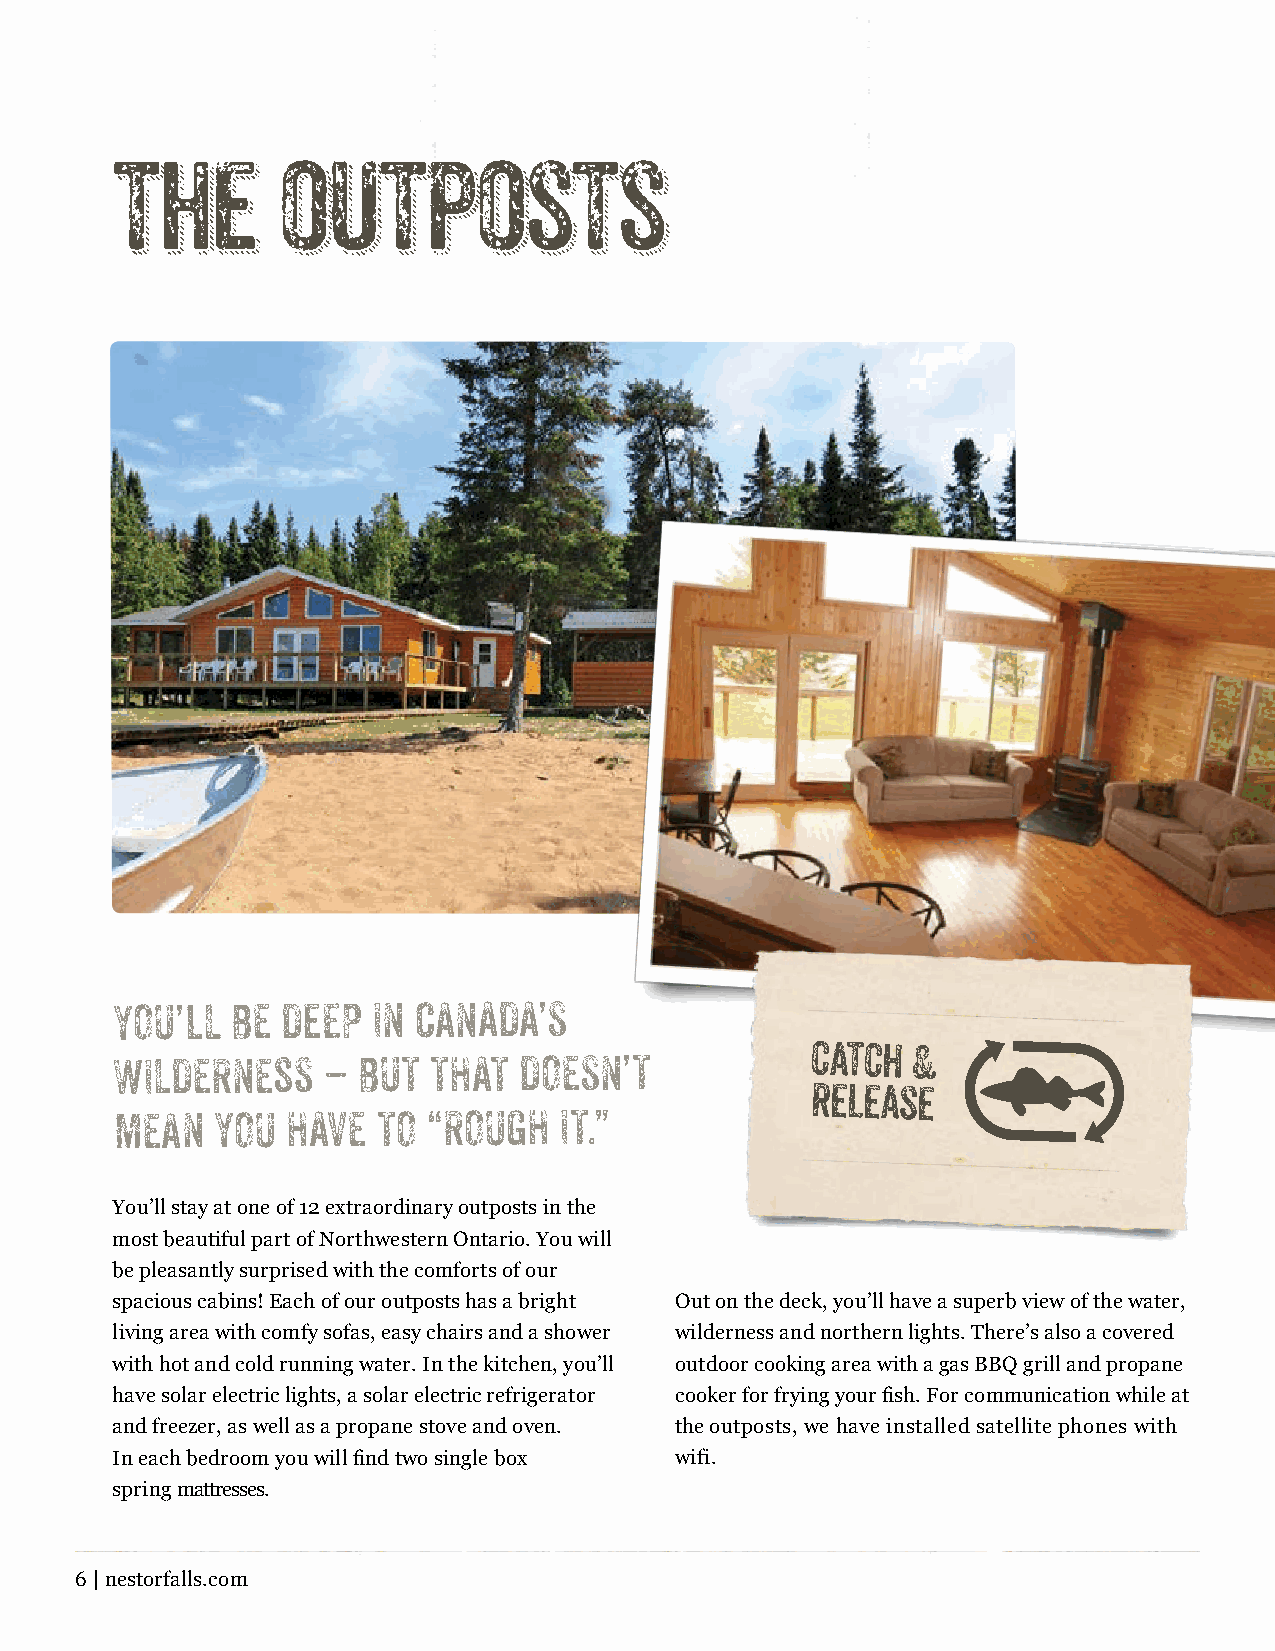
the        outposts
 YOU’ll  BE  DEEP  IN CANADA’S
 catch &
 WILDERNEss   –  BUT  THAT DOESN’T
 release
 MEAN  YOU  HAVE  TO “ROUGH   IT.”
 You’ll stay at one of 12 extraordinary outposts in the
 most beautiful part of Northwestern Ontario. You will
 be pleasantly surprised with the comforts of our
 spacious cabins! Each of our outposts has a bright Out on the deck, you’ll have a superb view of the water,
 living area with comfy sofas, easy chairs and a shower wilderness and northern lights. There’s also a covered
 with hot and cold running water. In the kitchen, you’ll outdoor cooking area with a gas BBQ grill and propane
 have solar electric lights, a solar electric refrigerator cooker for frying your fish. For communication while at
 and freezer, as well as a propane stove and oven. the outposts, we have installed satellite phones with
 In each bedroom you will find two single box wifi.
 spring mattresses.
 6 | nestorfalls.com